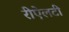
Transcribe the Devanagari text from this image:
रीऐलटी